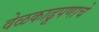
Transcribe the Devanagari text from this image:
वेळकाढूपणाचे